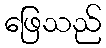
ဖြေသည်